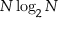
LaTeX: N \log _ { 2 } N